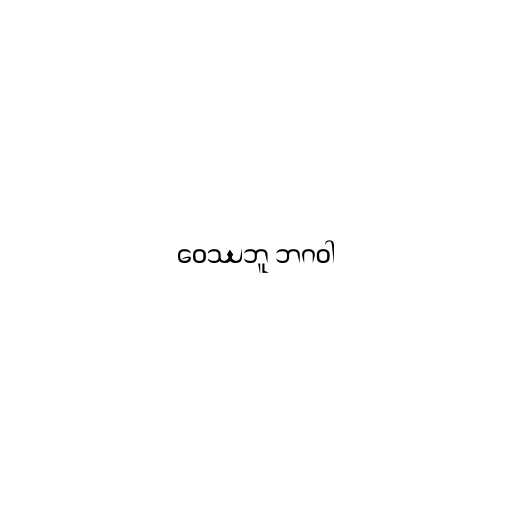
ဝေဿဘူ ဘဂဝါ